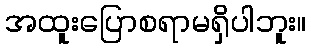
အထူးပြောစရာမရှိပါဘူး။